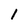
Character: 1